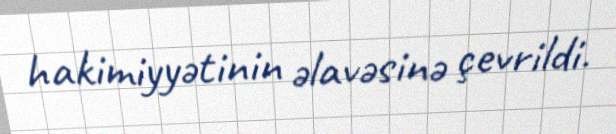
hakimiyyətinin əlavəsinə çevrildi.